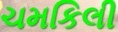
ચમકિલી